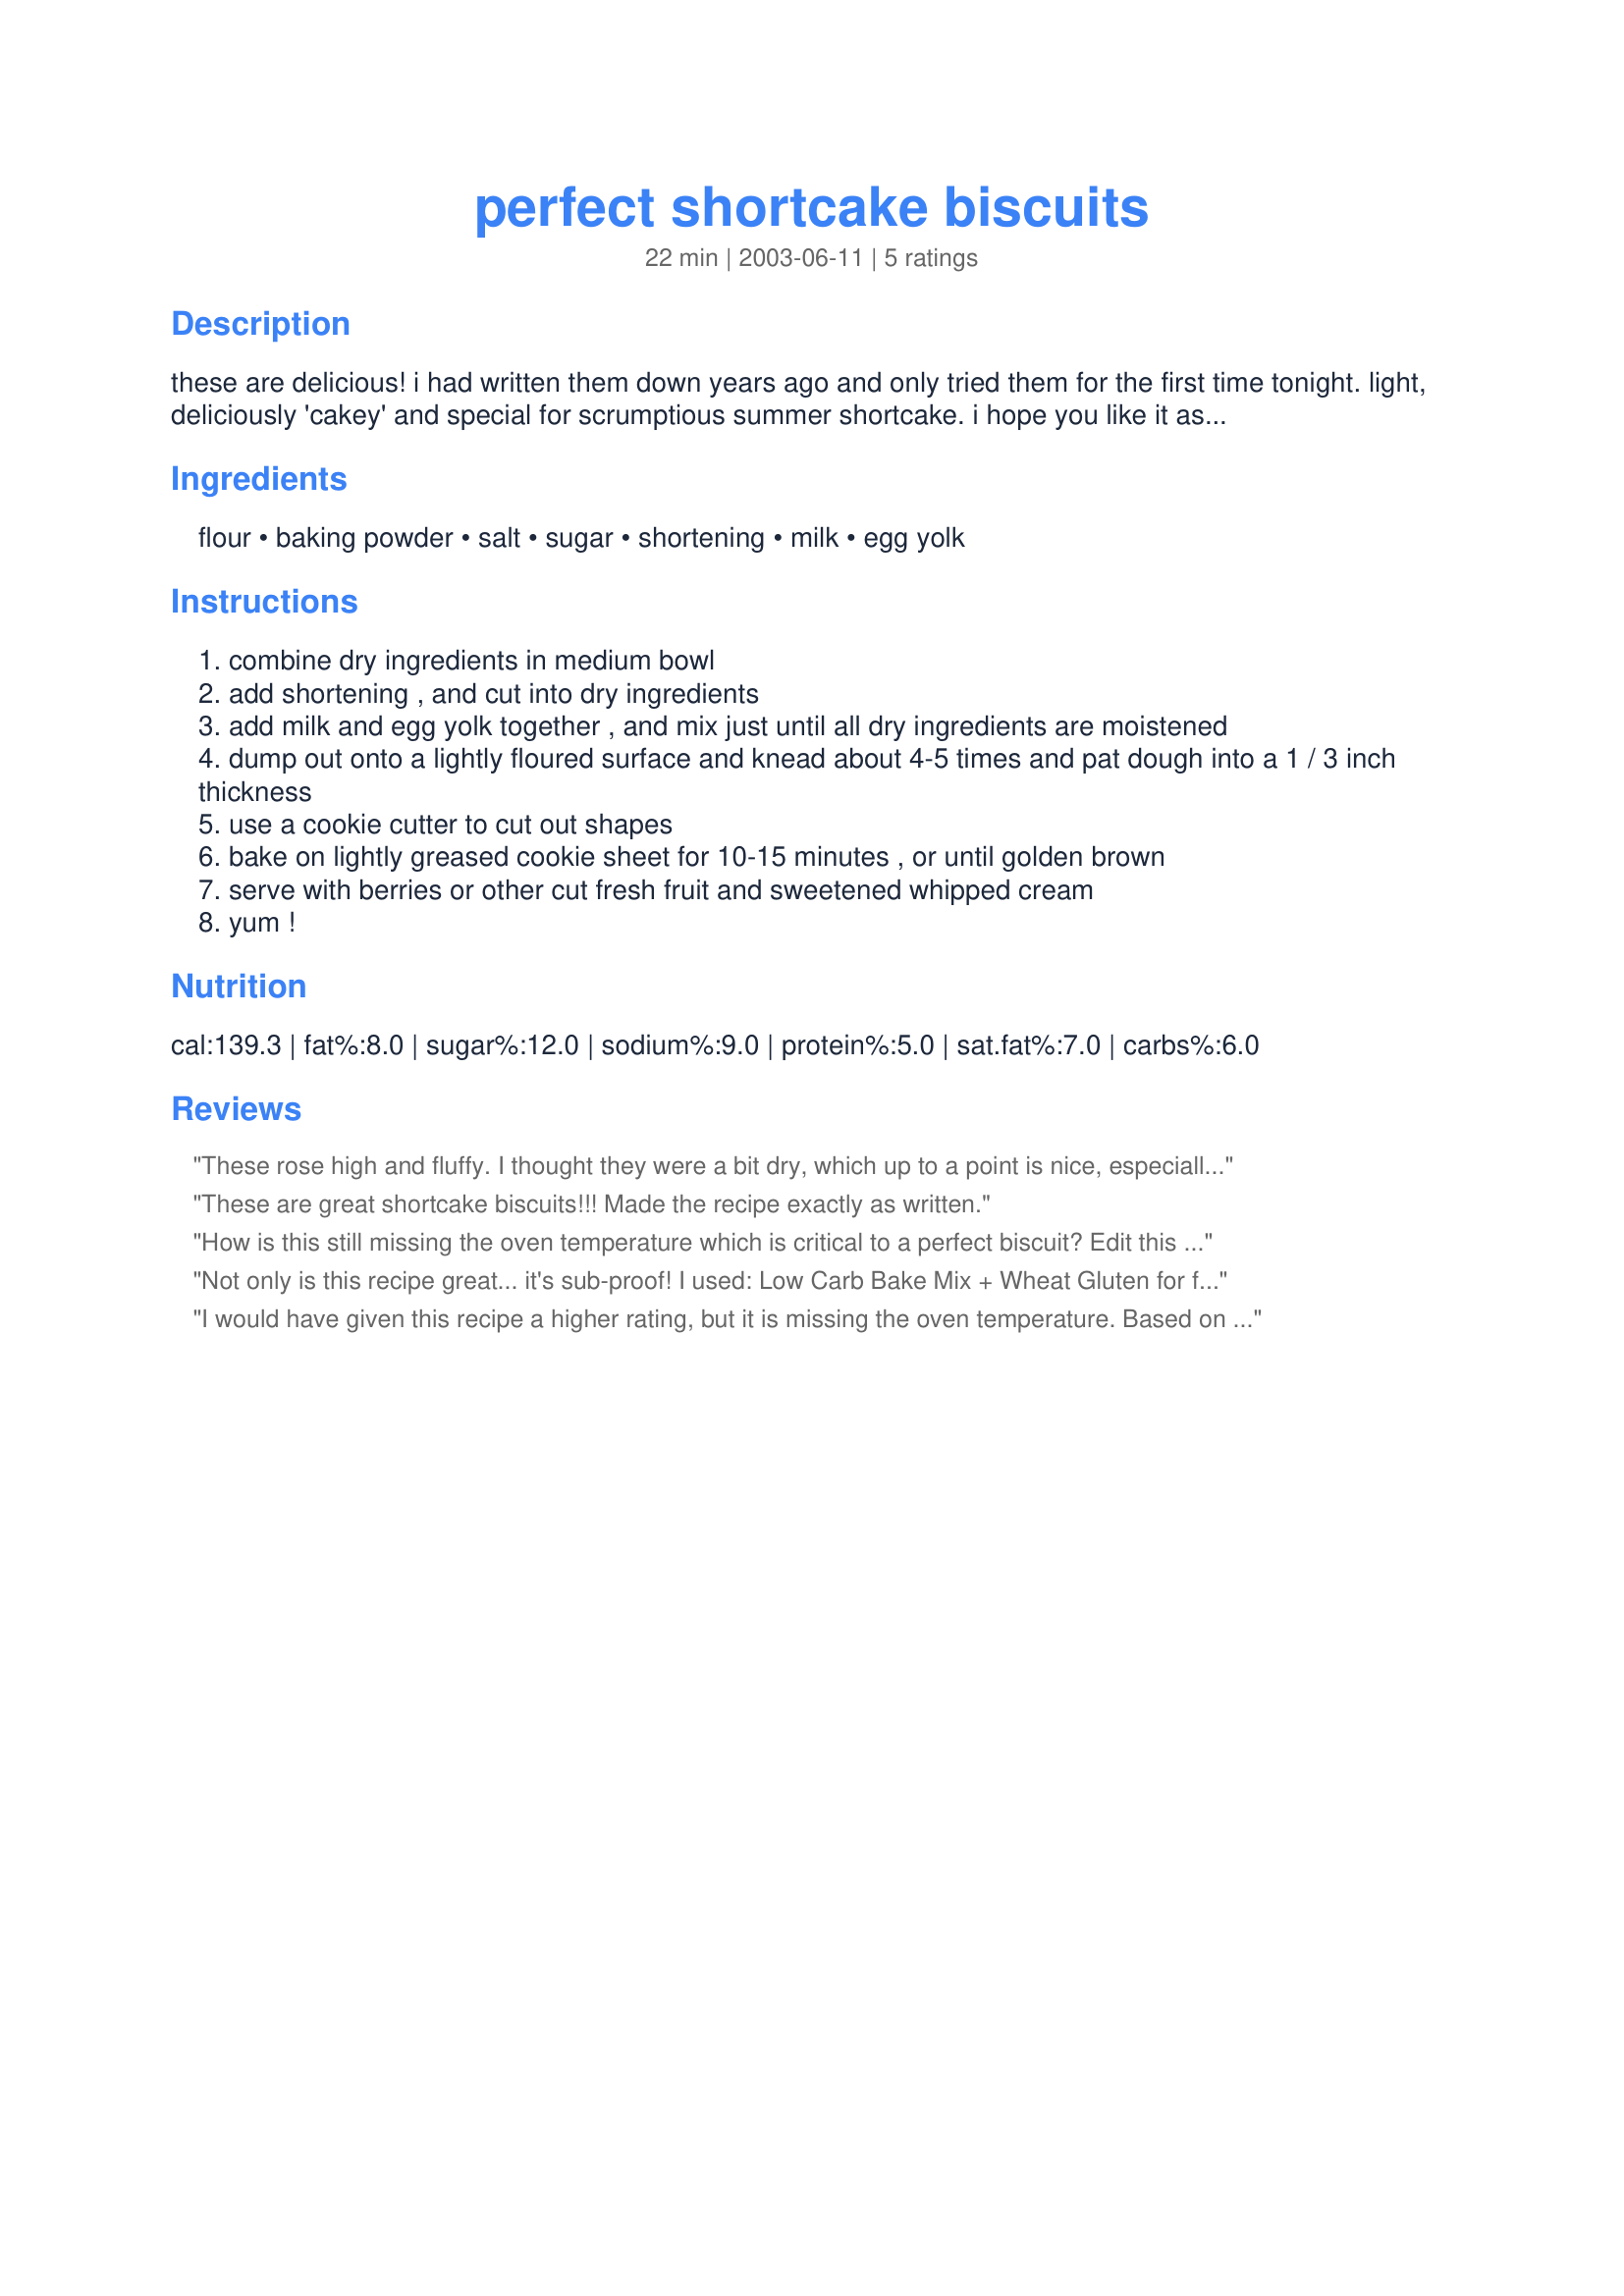
perfect shortcake biscuits
Preparation time: 22 minutes

these are delicious! i had written them down years ago and only tried them for the first time tonight. light, deliciously 'cakey' and special for scrumptious summer shortcake. i hope you like it as much as i did!

Ingredients:
flour, baking powder, salt, sugar, shortening, milk, egg yolk

Steps:
combine dry ingredients in medium bowl
add shortening , and cut into dry ingredients
add milk and egg yolk together , and mix just until all dry ingredients are moistened
dump out onto a lightly floured surface and knead about 4-5 times and pat dough into a 1 / 3 inch thickness
use a cookie cutter to cut out shapes
bake on lightly greased cookie sheet for 10-15 minutes , or until golden brown
serve with berries or other cut fresh fruit and sweetened whipped cream
yum !

Reviews:
These rose high and fluffy. I thought they were a bit dry, which up to a point is nice, especially as I like to puree the berries, but I don't know that they were perfect. I don't know if 350 is the right temperature.
These are great shortcake biscuits!!! Made the recipe exactly as written.
How is this still missing the oven temperature which is critical to a perfect biscuit? Edit this recipe or take it off your website.
Not only is this recipe great... it's sub-proof! I used: Low Carb Bake Mix + Wheat Gluten for flour, artificial sweetener, Lighter Bake & LF Margarine (for shortening)and they turned out great! I baked them for about 16 minutes on 350.
I would have given this recipe a higher rating, but it is missing the oven temperature. Based on others' comments, I baked mine at 325 for 12 minutes, and they turned out nicely. I might add another tablespoon of sugar to make them a touch sweeter. I also might use butter-flavored crisco next time for a bit more flavor.
